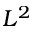
L ^ { 2 }